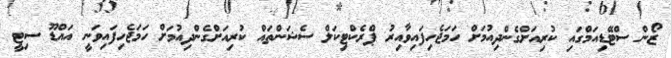
ޒޯން ސްޓޭޑިއަމްގައި ކުރިއަށްގެންދިއުމަށް ހަމަޖެހިފައިވާއިރު ޕްރެކްޓިކަލް ސެޝަންތައް ކުރިއަށްގެންދިއުމަށް ހަމަޖެހިފައިވަނީ އައްޑޫ ސިޓީ